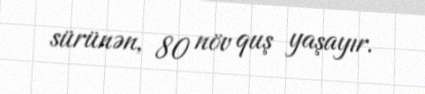
sürünən, 80 növ quş yaşayır.